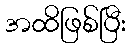
အထိဖြစ်ပြီး